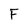
Character: F